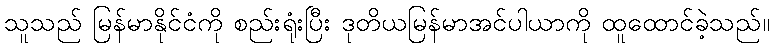
သူသည် မြန်မာနိုင်ငံကို စည်းရုံးပြီး ဒုတိယမြန်မာအင်ပါယာကို ထူထောင်ခဲ့သည်။